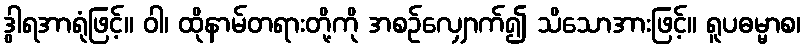
ဒွါရအာရုံဖြင့်။ ဝါ၊ ထိုနာမ်တရားတို့ကို အစဉ်လျှောက်၍ သိသောအားဖြင့်။ ရူပဓမ္မာစ၊